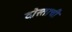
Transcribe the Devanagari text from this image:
दोस्ताची